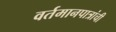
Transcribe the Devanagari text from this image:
वर्तमानपात्रांची